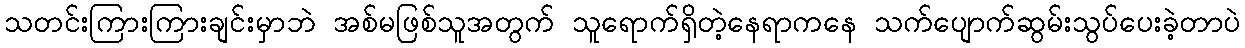
သတင်းကြားကြားချင်းမှာဘဲ အစ်မဖြစ်သူအတွက် သူရောက်ရှိတဲ့နေရာကနေ သက်ပျောက်ဆွမ်းသွပ်ပေးခဲ့တာပဲ